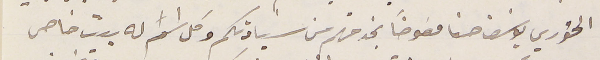
الخوري يوسَف حنا مفوضًا بخدمتهم من سيادتكم وكل اسَم له بيت خاص